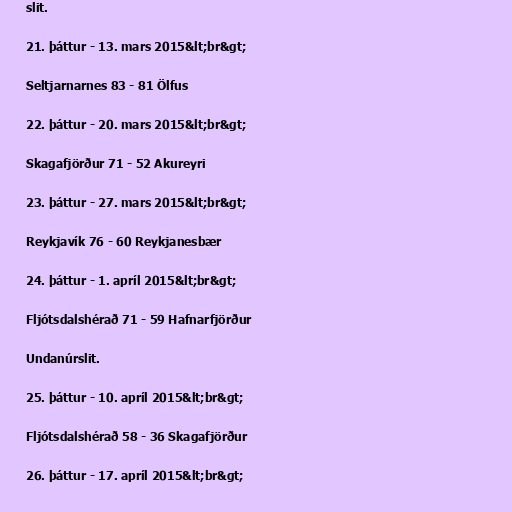
slit.

21. þáttur - 13. mars 2015&lt;br&gt;

Seltjarnarnes 83 - 81 Ölfus

22. þáttur - 20. mars 2015&lt;br&gt;

Skagafjörður 71 - 52 Akureyri

23. þáttur - 27. mars 2015&lt;br&gt;

Reykjavík 76 - 60 Reykjanesbær

24. þáttur - 1. apríl 2015&lt;br&gt;

Fljótsdalshérað 71 - 59 Hafnarfjörður

Undanúrslit.

25. þáttur - 10. apríl 2015&lt;br&gt;

Fljótsdalshérað 58 - 36 Skagafjörður

26. þáttur - 17. apríl 2015&lt;br&gt;